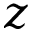
z